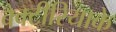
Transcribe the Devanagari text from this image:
बैक्टीरियाके